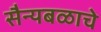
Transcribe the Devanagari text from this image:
सैन्यबळाचे